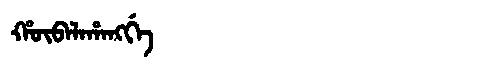
Manchu: ᡥᡡᠪᠠᠯᠠᡥᠠᠩᡤᡝ
Romanization: HŪBALAHANGGE